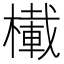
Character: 𪳾